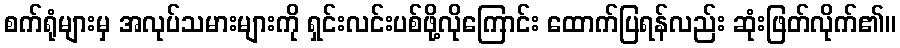
စက်ရုံများမှ အလုပ်သမားများကို ရှင်းလင်းပစ်ဖို့လိုကြောင်း ထောက်ပြရန်လည်း ဆုံးဖြတ်လိုက်၏။